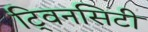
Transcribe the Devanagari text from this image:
टि्वनसिटी